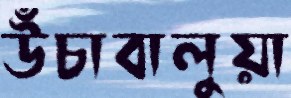
উঁচাবালুয়া